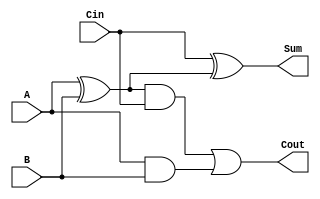

`timescale 1ps / 1ps

module fulladder( A, B, Cin, Sum, Cout ); //1-bit full adder
  input A,B,Cin;
  output Sum, Cout;
  
  //reg Sum, Cout;

  wire w1,w2,w3;
  
  xor X1(w1,A,B);   		//w1 = A xor B
  xor X2(Sum,Cin,w1);	//SUM = Cin xor w1
  and X3(w2,w1,Cin);		//w2 = w1 AND Cin
  and X4(w3,A,B);		   //w3 = A and B
  or  X5(Cout,w2,w3);	//Cout = w2 or w3

  
endmodule



module RCA( A, B, Cin, S, Cout);
  input [63 : 0] A, B;
  input Cin;
  output [63 : 0] S;
  output Cout;
  
  wire [63:0] wC;
  
  //First full adder with CIN as carry
  fulladder A1( A[0], B[0], Cin, S[0], wC[0] );


  //Generate Loop to generate the 64 Fulladders
  genvar i;
  generate for( i = 1; i < 64; i = i+1 )
    begin: RCA_GEN
      fulladder add( .A(A[i]), .B(B[i]), .Cin(wC[i-1]), .Sum(S[i]), .Cout(wC[i]) );
    end
  endgenerate

  assign Cout = wC[63];		//assign the MSB of wC to Cout as Carry out
									//   of 64-bit RCA

endmodule